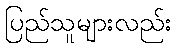
ပြည်သူများလည်း